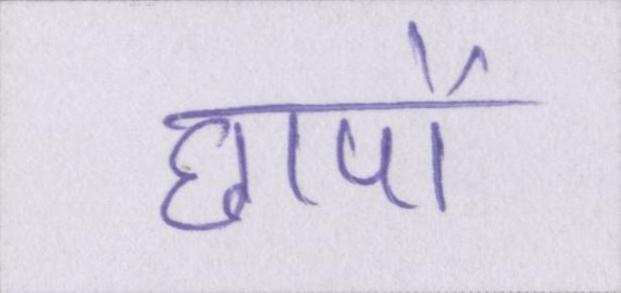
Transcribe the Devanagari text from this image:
छापों